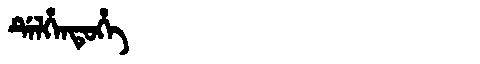
Manchu: ᡩᡝᠯᡥᡝᠨᡨᡠᡥᡝ
Romanization: DELHENTUHE